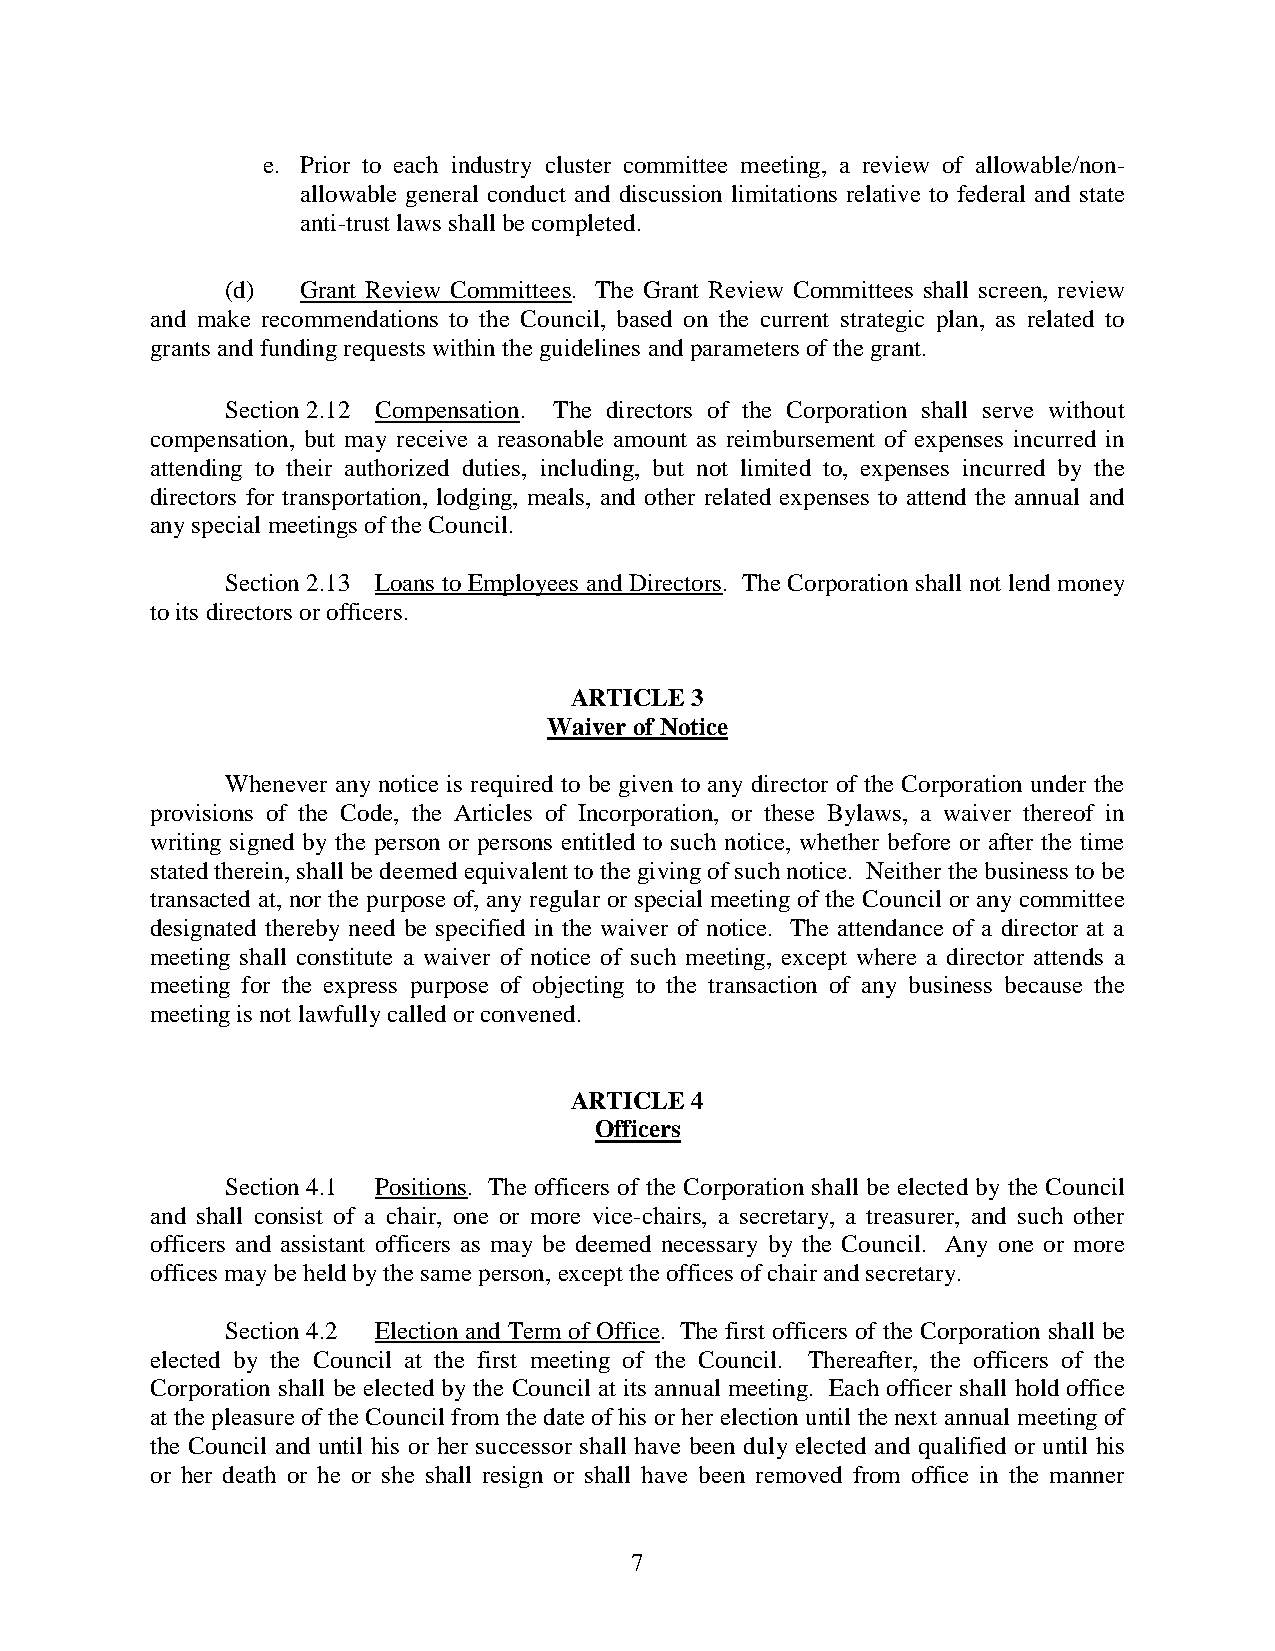
e. Prior to each industry cluster committee meeting, a review of allowable/non-
 allowable general conduct and discussion limitations relative to federal and state
 anti-trust laws shall be completed.
 (d)  Grant Review Committees. The Grant Review Committees shall screen, review
 and make recommendations to the Council, based on the current strategic plan, as related to
 grants and funding requests within the guidelines and parameters of the grant.
 Section 2.12 Compensation. The directors of the Corporation shall serve without
 compensation, but may receive a reasonable amount as reimbursement of expenses incurred in
 attending to their authorized duties, including, but not limited to, expenses incurred by the
 directors for transportation, lodging, meals, and other related expenses to attend the annual and
 any special meetings of the Council.
 Section 2.13 Loans to Employees and Directors. The Corporation shall not lend money
 to its directors or officers.
 ARTICLE 3
 Waiver of Notice
 Whenever any notice is required to be given to any director of the Corporation under the
 provisions of the Code, the Articles of Incorporation, or these Bylaws, a waiver thereof in
 writing signed by the person or persons entitled to such notice, whether before or after the time
 stated therein, shall be deemed equivalent to the giving of such notice. Neither the business to be
 transacted at, nor the purpose of, any regular or special meeting of the Council or any committee
 designated thereby need be specified in the waiver of notice. The attendance of a director at a
 meeting shall constitute a waiver of notice of such meeting, except where a director attends a
 meeting for the express purpose of objecting to the transaction of any business because the
 meeting is not lawfully called or convened.
 ARTICLE 4
 Officers
 Section 4.1 Positions. The officers of the Corporation shall be elected by the Council
 and shall consist of a chair, one or more vice-chairs, a secretary, a treasurer, and such other
 officers and assistant officers as may be deemed necessary by the Council. Any one or more
 offices may be held by the same person, except the offices of chair and secretary.
 Section 4.2 Election and Term of Office. The first officers of the Corporation shall be
 elected by the Council at the first meeting of the Council. Thereafter, the officers of the
 Corporation shall be elected by the Council at its annual meeting. Each officer shall hold office
 at the pleasure of the Council from the date of his or her election until the next annual meeting of
 the Council and until his or her successor shall have been duly elected and qualified or until his
 or her death or he or she shall resign or shall have been removed from office in the manner
 7